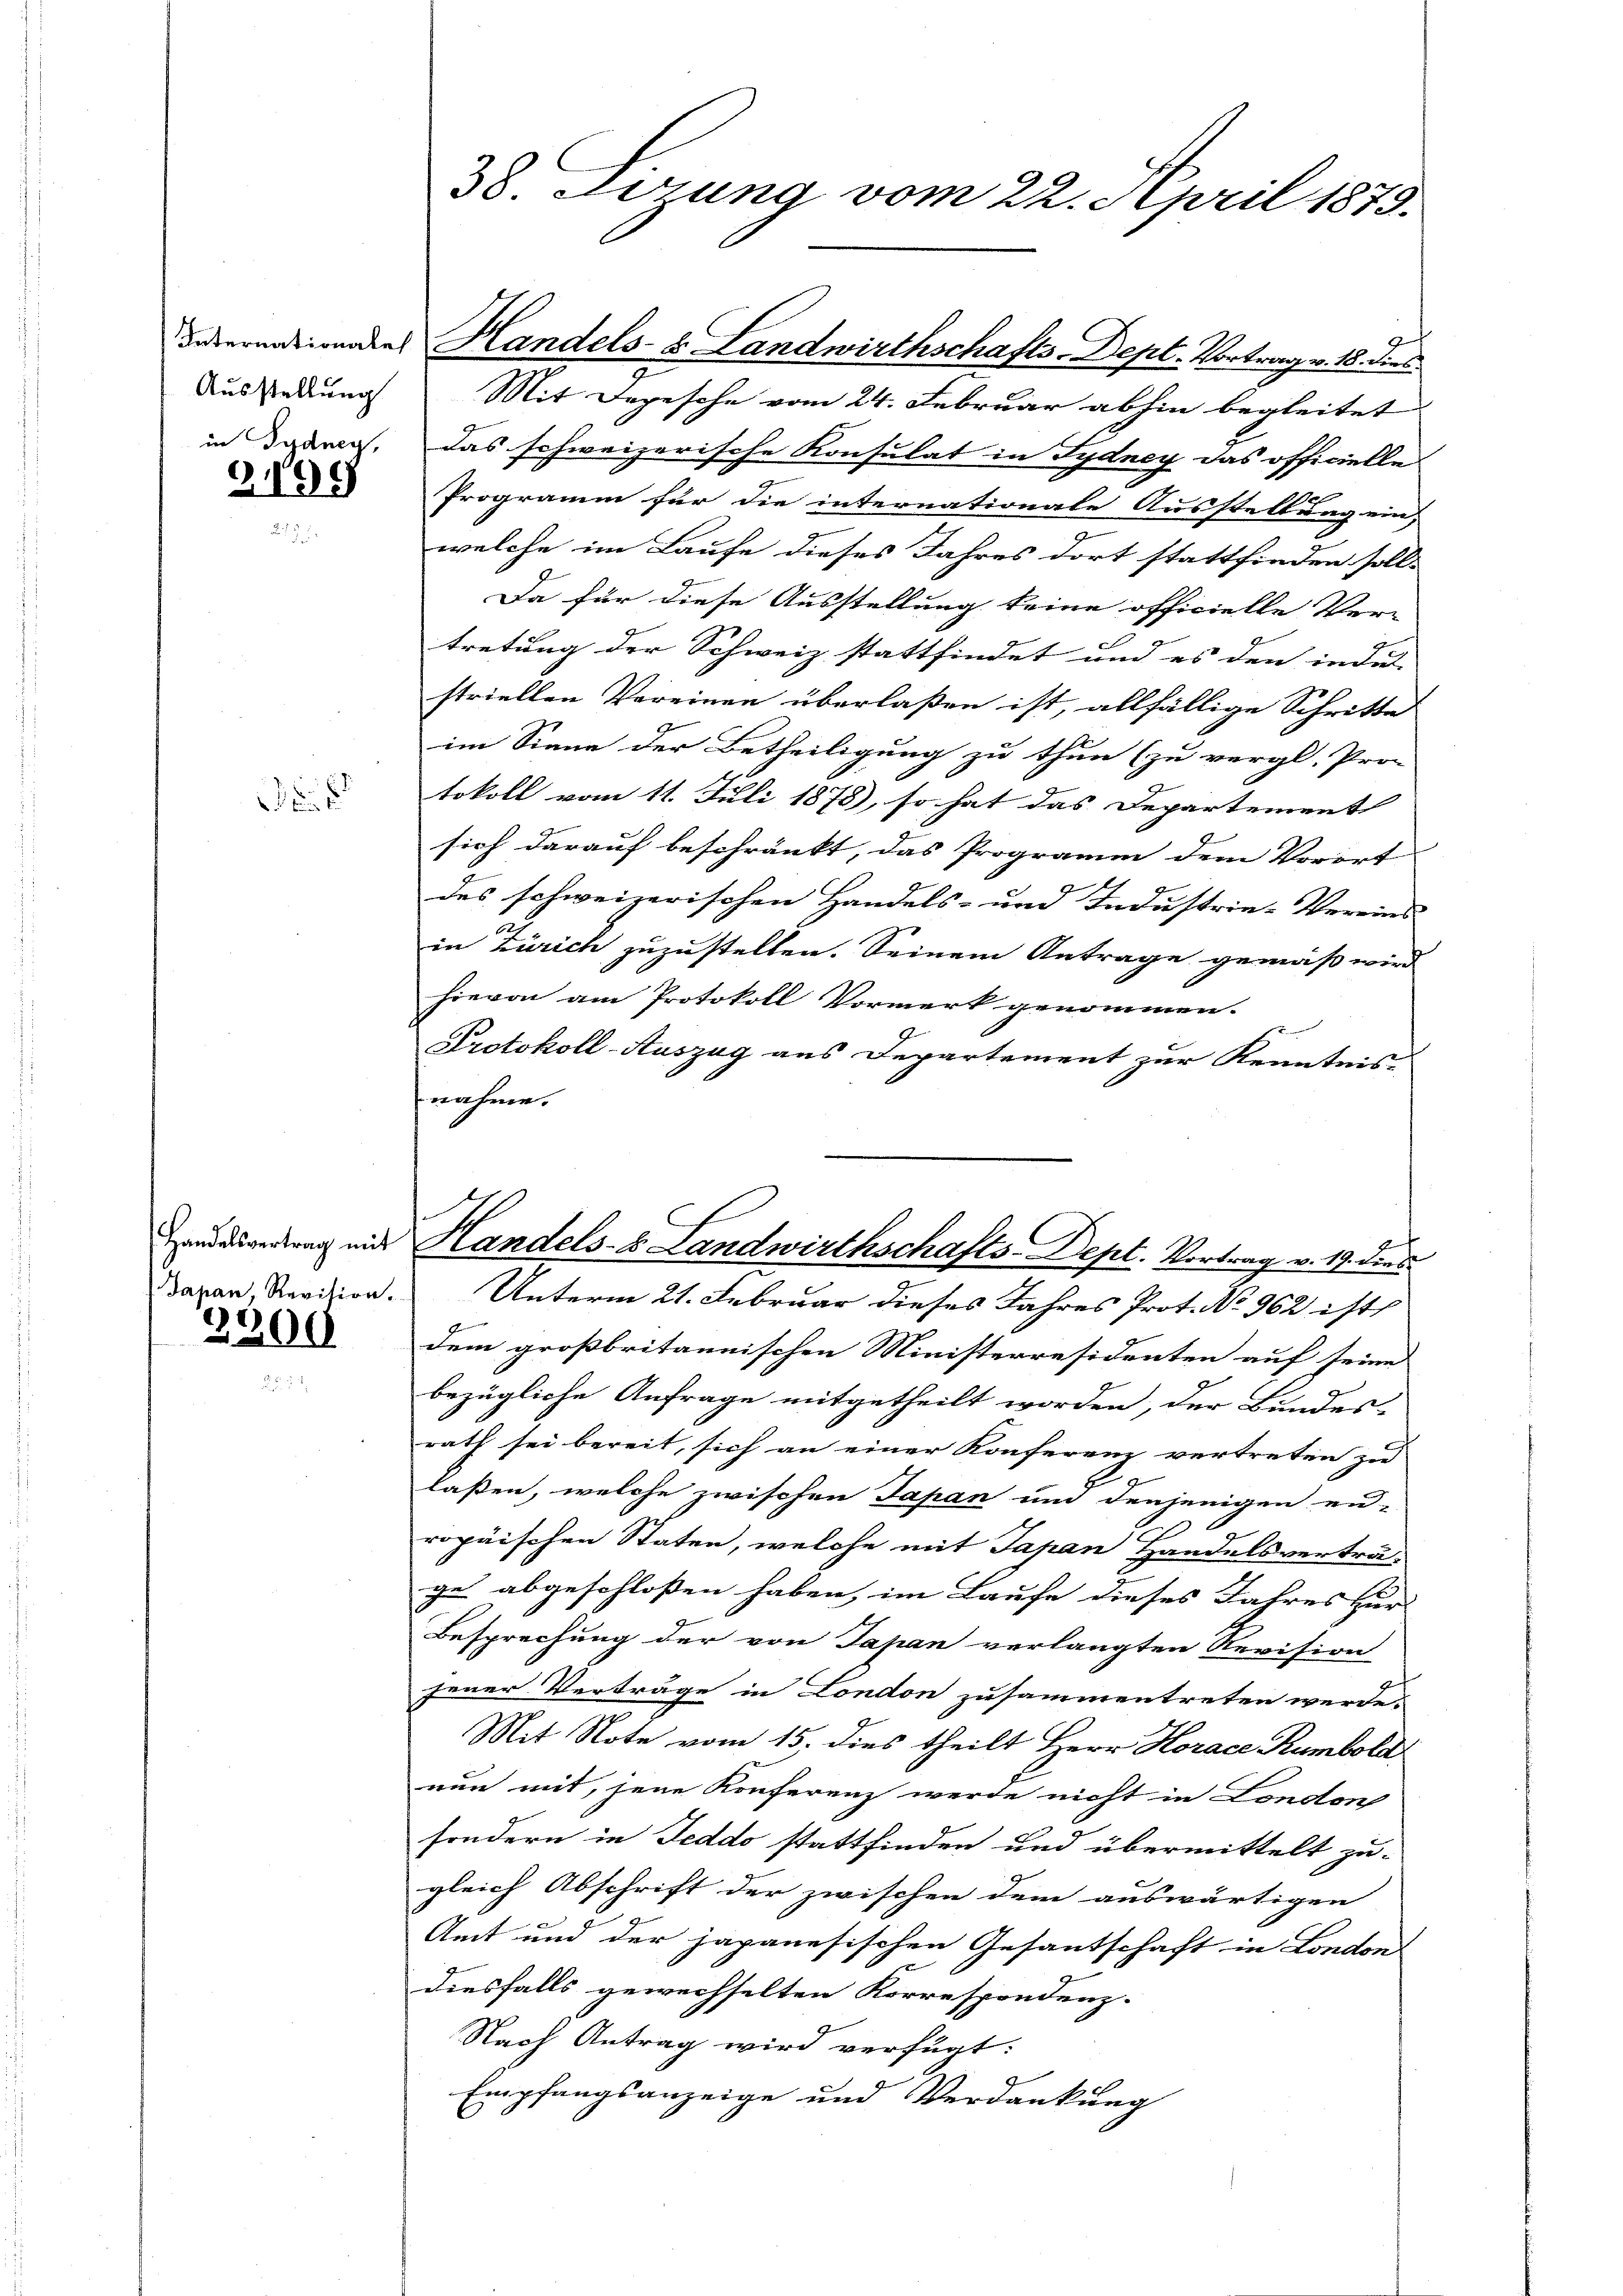
Ausstellung
in Sydney,

3.195

Japan, Revision.

2200

38. Dirung vom 22. April 1873.

1
Mit Depesche vom 24. Februar abhin begleitet
das schweizerische Konsulat in Sydney das officielle
Programm für die internationale Ausstellung ein,
welche im Laufe dieses Jahres dort stattfinden soll.
Da für diese Ausstellung keine officielle Ver-
tretung der Schweiz stattfindet und es den indet |
striellen Vereinen überlaßen ist, allfällige Schritte
im Sinne der Betheiligung zu thun (zu vergl. Pro-
tokoll vom 11. Juli 1878), so hat das Departement
sich darauf beschränkt, das Programm dem Vorort
des schweizerischen Handels- und Industrie-Vereins
in Zürich zuzustellen. Seinem Antrage gemäß wird
hievon am Protokoll Vormerk genommen.
Protokoll-Auszug aus Departement zur Kenntnis-
nahme.
Unterm 21. Februar dieses Jahres Prot. No 962 ist
E
dem großbritannischen Ministerresidenten auf seine
bezügliche Anfrage mitgetheilt worden, der Bundes-
rath sei bereit, sich an einer Konferenz vertreten zu
lassen, welche zwischen Japan und denjenigen en-
ropäischen Staten, welche mit Japan Handelsverträ-
ge abgeschloßen haben, im Laufe dieses Jahres zur
Besprechung der von Japan verlangten Revision
jener Verträge in London zusammentreten werde.
Mit Note vom 15. dies theilt Herr Horace Rumbold
nun mit, jene Konferenz werde nicht in London
sondern in Feddo stattfinden und übermittelt zu-
gleich Abschrift der zwischen dem auswärtigen
Amt und der japanesischen Gesantschaft in London
diesfalls gewechselten Korrespondenz.
Nach Antrag wird verfügt:
Empfangsanzeige und Verdankung

Febernationen Handels- & Landwirthschafts-Dept. Vortrag v. 18. dies

Handesvertrag mit Handels- Landwirthschafts-Dept. Vortrag v. 19. dies